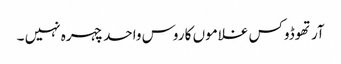
آرتھوڈوکس غلاموں کا روس واحد چہرہ نہیں ۔